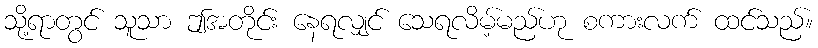
သို့ရာတွင် သူသာ ဤအတိုင်း နေရလျှင် သေရလိမ့်မည်ဟု စကားလက် ထင်သည်။